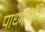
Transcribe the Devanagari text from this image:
पाधार्त्यांचे